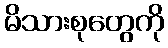
မိသားစုတွေကို